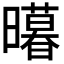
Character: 𭨊